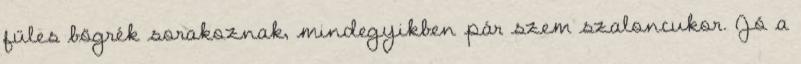
füles bögrék sorakoznak, mindegyikben pár szem szaloncukor. Jó a